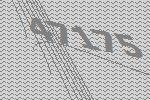
47175